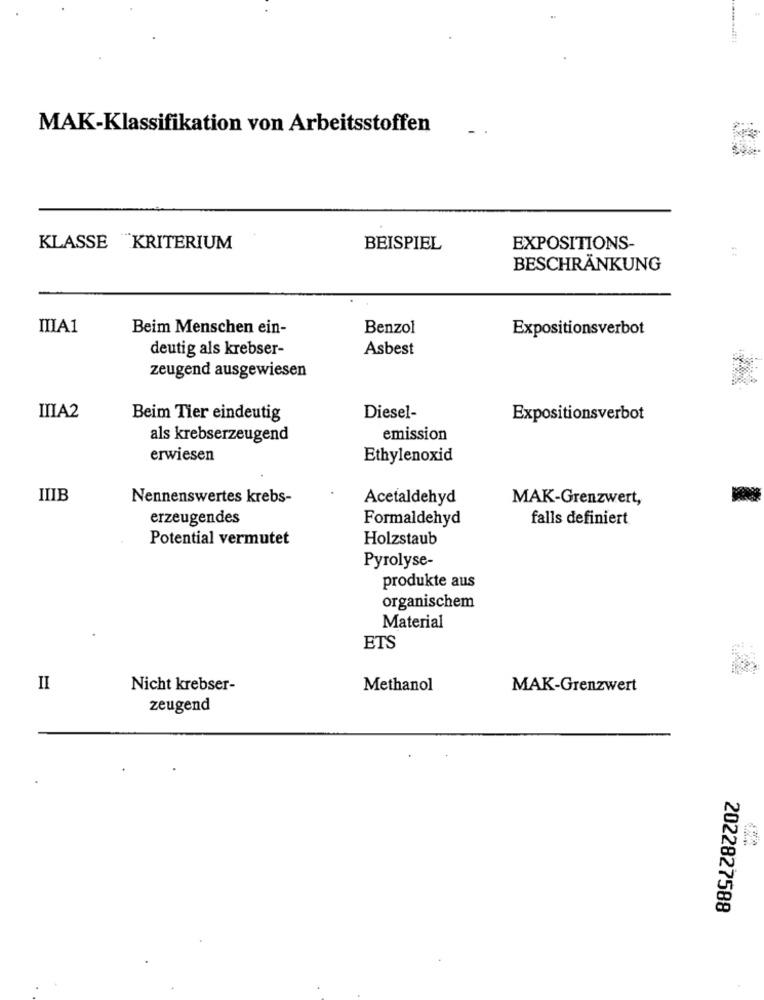
MAK-Klassifikation von Arbeitsstoffen
KLASSE KRITERIUM
BEISPIEL
EXPOSITIONS-
BESCHRÄNKUNG
IIIA1
Beim Menschen ein-
Benzol
Expositionsverbot
deutig als krebser-
Asbest
zeugend ausgewiesen
IIIA2
Beim Tier eindeutig
Diesel-
Expositionsverbot
als krebserzeugend
emission
erwiesen
Ethylenoxid
IIIB
Nennenswertes krebs-
Acetaldehyd
MAK-Grenzwert,
erzeugendes
Formaldehyd
falls definiert
Potential vermutet
Holzstaub
Pyrolyse-
produkte aus
organischem
Material
ETS
II
Nicht krebser-
Methanol
MAK-Grenzwert
zeugend
2022827588